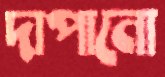
দাপানো